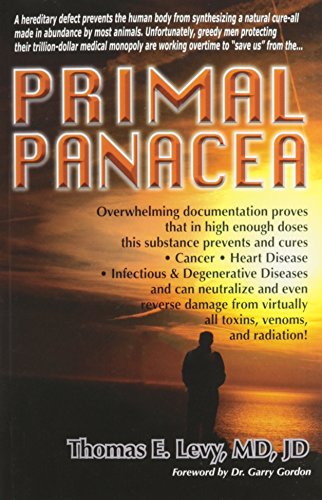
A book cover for Primal Panacea; MD JD Levy; Health, Fitness & Dieting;